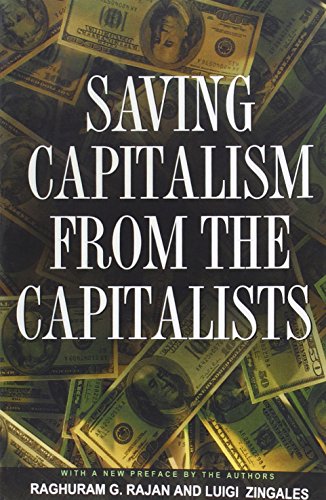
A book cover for Saving Capitalism from the Capitalists: Unleashing the Power of Financial Markets to Create Wealth and Spread Opportunity; Raghuram G. Rajan; Business & Money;